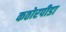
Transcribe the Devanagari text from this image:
कठोरपीडा